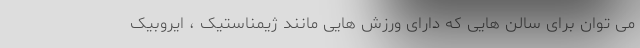
می توان برای سالن هایی که دارای ورزش هایی مانند ژیمناستیک ، ایروبیک